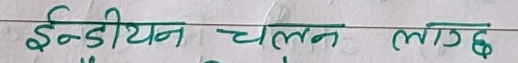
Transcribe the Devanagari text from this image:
ईन्डियन चलन लाग्छ